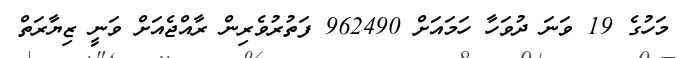
މަހުގެ 19 ވަނަ ދުވަހާ ހަމައަށް 962490 ފަތުރުވެރިން ރާއްޖެއަށް ވަނީ ޒިޔާރަތް